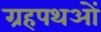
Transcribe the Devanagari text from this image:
ग्रहपथओं